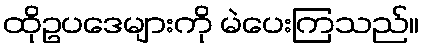
ထိုဥပဒေများကို မဲပေးကြသည်။